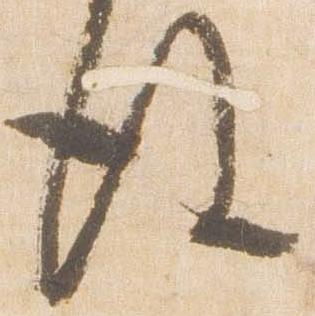
後